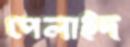
পেলাইদ